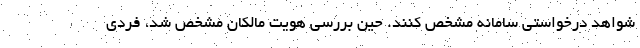
شواهد درخواستی سامانه مشخص کنند. حین بررسی هویت مالکان مشخص شد، فردی